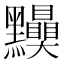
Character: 𪓆